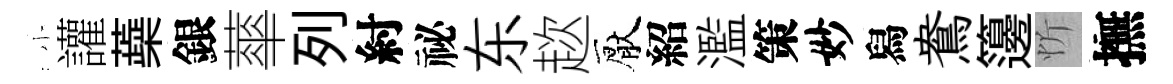
小讙蘃銀蕐列紂祕东趑厭紹濫策妙舄鴦籩忻撫